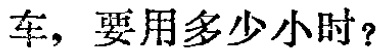
车，要用多少小时？